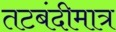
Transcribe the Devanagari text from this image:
तटबंदीमात्र